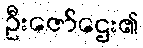
ဦးဇော်ဌေး၏